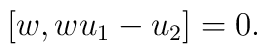
[ w, w u_1 - u_2 ] = 0.